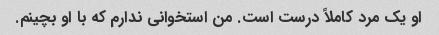
او یک مرد کاملاً درست است. من استخوانی ندارم که با او بچینم.